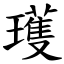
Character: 瓁